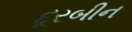
દૂરબીન